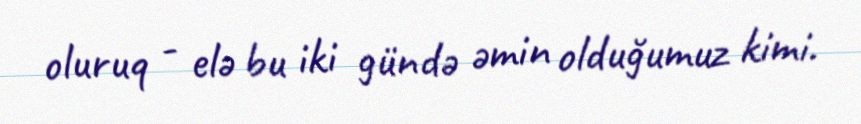
oluruq - elə bu iki gündə əmin olduğumuz kimi.